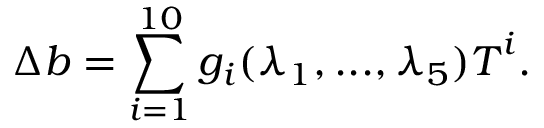
\Delta \boldsymbol { b } = \sum _ { i = 1 } ^ { 1 0 } g _ { i } ( \lambda _ { 1 } , . . . , \lambda _ { 5 } ) \boldsymbol { T } ^ { i } .